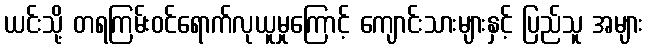
ယင်းသို့ တရကြမ်းဝင်ရောက်လုယူမှုကြောင့် ကျောင်းသားများနှင့် ပြည်သူ အများ